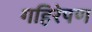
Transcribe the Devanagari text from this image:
गहिरेपण